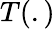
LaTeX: T(.)